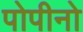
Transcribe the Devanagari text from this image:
पोपीनो